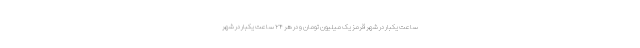
ساعت یکبار در شهر قرمز یک میلیون تومان و در هر ۲۴ ساعت یکبار در شهر